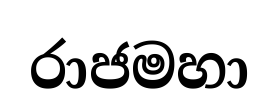
රාජමහා